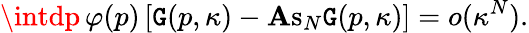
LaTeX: \intdp\, \varphi(p)\left[\mathtt{G}(p,\kappa)-\mathrm{{\mathbf{A}s}}_{N}\mathtt{G}(p,\kappa)\right]=o(\kappa^{N}).